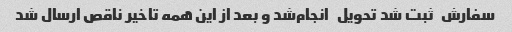
سفارش   ثبت شد تحویل   انجام‌شد و بعد از این همه تاخیر ناقص ارسال شد